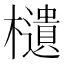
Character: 𣟧